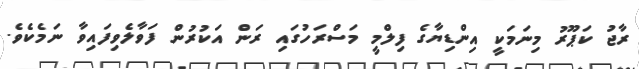
ރާޖު ކަޕޫރު މިނަމަކީ އިންޑިޔާގެ ފިލްމީ މަސްރަހުގައި ރަން އަކުރުން ފަވާލެވިފައިވާ ނަމެކެވެ.